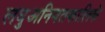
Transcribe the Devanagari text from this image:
लघुअनियतकालिके